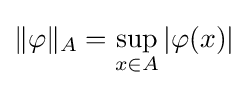
\|\varphi \|_{A}=\sup _{x\in A}|\varphi (x)|